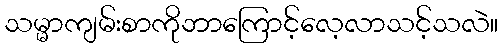
သမ္မာကျမ်းစာကိုဘာကြောင့်လေ့လာသင့်သလဲ။